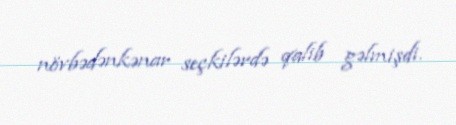
növbədənkənar seçkilərdə qalib gəlmişdi.